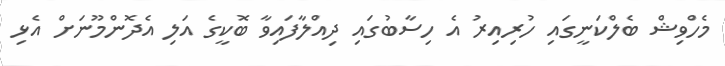
މެހްވިޝް ބެލްކަނީގައި ހުރިއިރު އެ ހިސާބުގައި ދިއްލާފައިވާ ބޮކީގެ އަލި އެދޮންމޫނަށް އެޅި